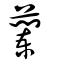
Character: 蘭